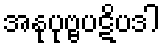
အနုပုဗ္ဗပဋိပဒါ